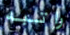
راتبه